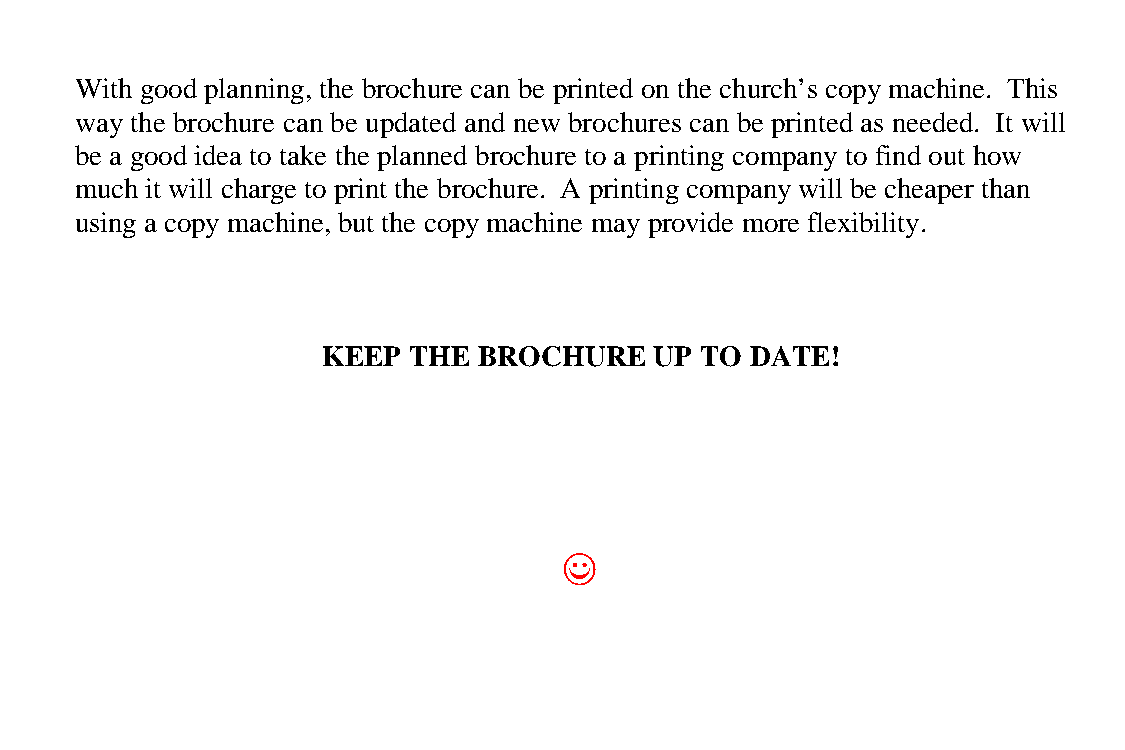
With good planning, the brochure can be printed on the church’s copy machine. This
 way the brochure can be updated and new brochures can be printed as needed. It will
 be a good idea to take the planned brochure to a printing company to find out how
 much it will charge to print the brochure. A printing company will be cheaper than
 using a copy machine, but the copy machine may provide more flexibility.
 KEEP  THE  BROCHURE   UP TO  DATE!
 ((